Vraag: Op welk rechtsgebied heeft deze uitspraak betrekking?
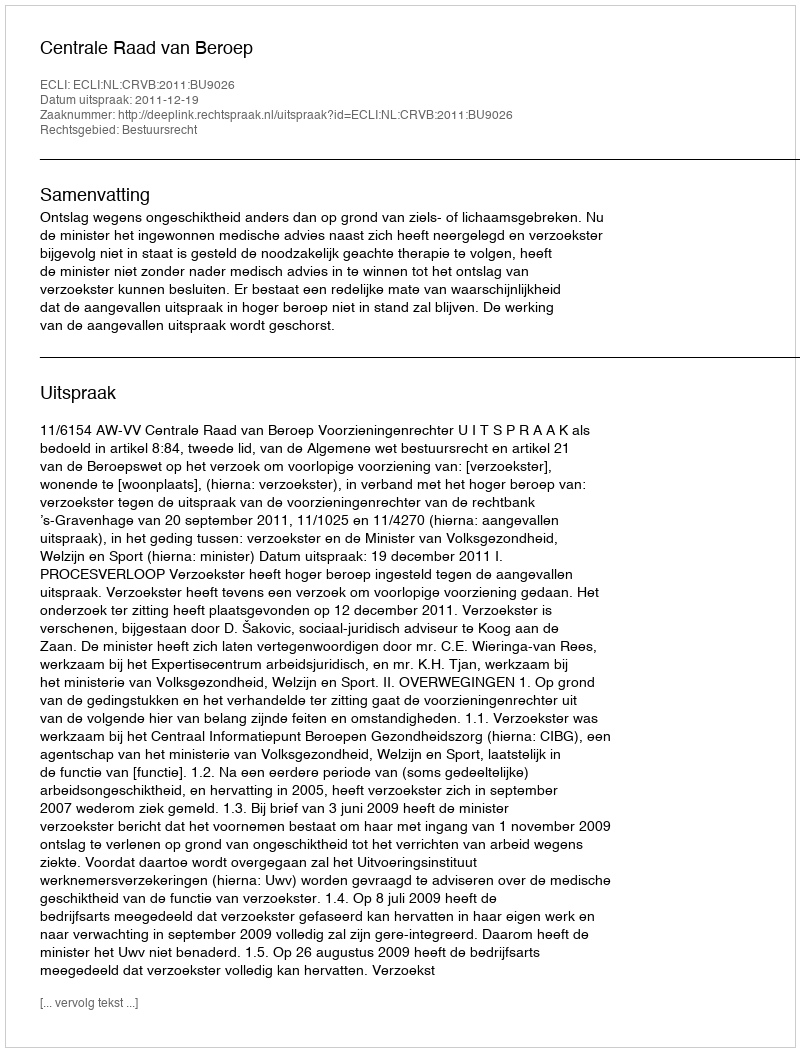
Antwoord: Bestuursrecht